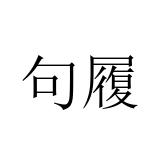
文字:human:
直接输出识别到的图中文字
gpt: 句履